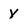
Character: Y